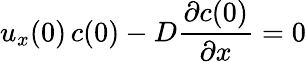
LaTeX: u_{x}(0)\, c(0)-D{\frac{\partial c(0)}{\partial x}}=0